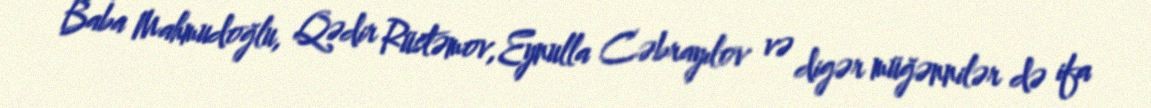
Baba Mahmudoğlu, Qədir Rüstəmov, Eynulla Cəbrayılov və digər müğənnilər də ifa